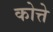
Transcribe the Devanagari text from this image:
कोत्ते